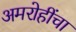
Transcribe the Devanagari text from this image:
अमरोहींचा